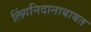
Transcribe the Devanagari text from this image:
लिंगनिदानाबाबत